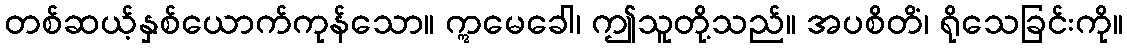
တစ်ဆယ့်နှစ်ယောက်ကုန်သော။ ဣမေခေါ၊ ဤသူတို့သည်။ အပစိတိံ၊ ရိုသေခြင်းကို။